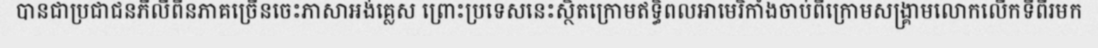
បានជាប្រជាជនភីលីពីនភាគច្រើនចេះភាសាអង់គ្លេស ព្រោះប្រទេសនេះស្ថិតក្រោមឥទ្ធិពលអាមេរិកាំងចាប់ពីក្រោមសង្គ្រាមលោកលើកទីពីរមក